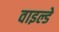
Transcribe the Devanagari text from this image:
वाइल्डे